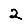
Digit: 2